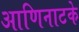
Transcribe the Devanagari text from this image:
आणिनाटके